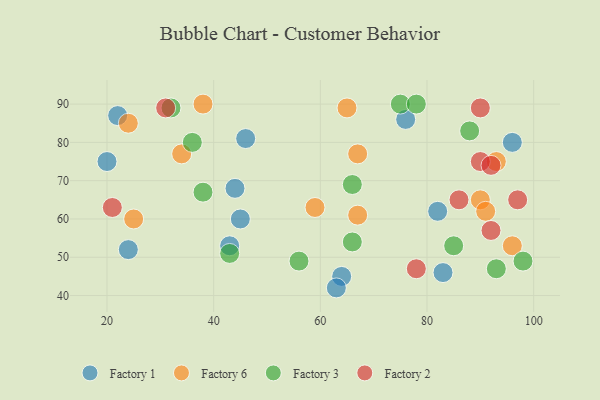
{"axis": {"x": "GDP", "y": "Life Expectancy"}, "legend": ["Factory 1", "Factory 2", "Factory 3", "Factory 6"], "data": [{"x": "24", "y": 52, "type": "Factory 1"}, {"x": "43", "y": 53, "type": "Factory 1"}, {"x": "76", "y": 86, "type": "Factory 1"}, {"x": "96", "y": 80, "type": "Factory 1"}, {"x": "64", "y": 45, "type": "Factory 1"}, {"x": "20", "y": 75, "type": "Factory 1"}, {"x": "46", "y": 81, "type": "Factory 1"}, {"x": "63", "y": 42, "type": "Factory 1"}, {"x": "83", "y": 46, "type": "Factory 1"}, {"x": "45", "y": 60, "type": "Factory 1"}, {"x": "22", "y": 87, "type": "Factory 1"}, {"x": "82", "y": 62, "type": "Factory 1"}, {"x": "44", "y": 68, "type": "Factory 1"}, {"x": "90", "y": 65, "type": "Factory 6"}, {"x": "67", "y": 77, "type": "Factory 6"}, {"x": "38", "y": 90, "type": "Factory 6"}, {"x": "65", "y": 89, "type": "Factory 6"}, {"x": "59", "y": 63, "type": "Factory 6"}, {"x": "25", "y": 60, "type": "Factory 6"}, {"x": "96", "y": 53, "type": "Factory 6"}, {"x": "93", "y": 75, "type": "Factory 6"}, {"x": "24", "y": 85, "type": "Factory 6"}, {"x": "67", "y": 61, "type": "Factory 6"}, {"x": "91", "y": 62, "type": "Factory 6"}, {"x": "34", "y": 77, "type": "Factory 6"}, {"x": "38", "y": 67, "type": "Factory 3"}, {"x": "66", "y": 54, "type": "Factory 3"}, {"x": "98", "y": 49, "type": "Factory 3"}, {"x": "32", "y": 89, "type": "Factory 3"}, {"x": "56", "y": 49, "type": "Factory 3"}, {"x": "66", "y": 69, "type": "Factory 3"}, {"x": "43", "y": 51, "type": "Factory 3"}, {"x": "75", "y": 90, "type": "Factory 3"}, {"x": "36", "y": 80, "type": "Factory 3"}, {"x": "88", "y": 83, "type": "Factory 3"}, {"x": "93", "y": 47, "type": "Factory 3"}, {"x": "78", "y": 90, "type": "Factory 3"}, {"x": "85", "y": 53, "type": "Factory 3"}, {"x": "86", "y": 65, "type": "Factory 2"}, {"x": "90", "y": 75, "type": "Factory 2"}, {"x": "31", "y": 89, "type": "Factory 2"}, {"x": "92", "y": 57, "type": "Factory 2"}, {"x": "92", "y": 74, "type": "Factory 2"}, {"x": "21", "y": 63, "type": "Factory 2"}, {"x": "97", "y": 65, "type": "Factory 2"}, {"x": "90", "y": 89, "type": "Factory 2"}, {"x": "78", "y": 47, "type": "Factory 2"}]}